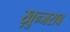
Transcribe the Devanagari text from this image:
ख़ुन्जराब